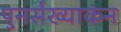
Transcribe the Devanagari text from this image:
पुनर्संख्याकंन